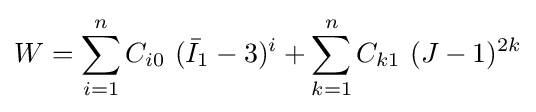
W=\sum _{i=1}^{n}C_{i0}~({\bar {I}}_{1}-3)^{i}+\sum _{k=1}^{n}C_{k1}~(J-1)^{2k}